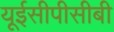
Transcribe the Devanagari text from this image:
यूईसीपीसीबी